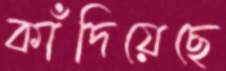
কাঁদিয়েছে